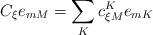
LaTeX: \begin{align*}C_{\xi}e_{mM}=\sum_{K}c_{\xi M}^{K}e_{mK}\end{align*}